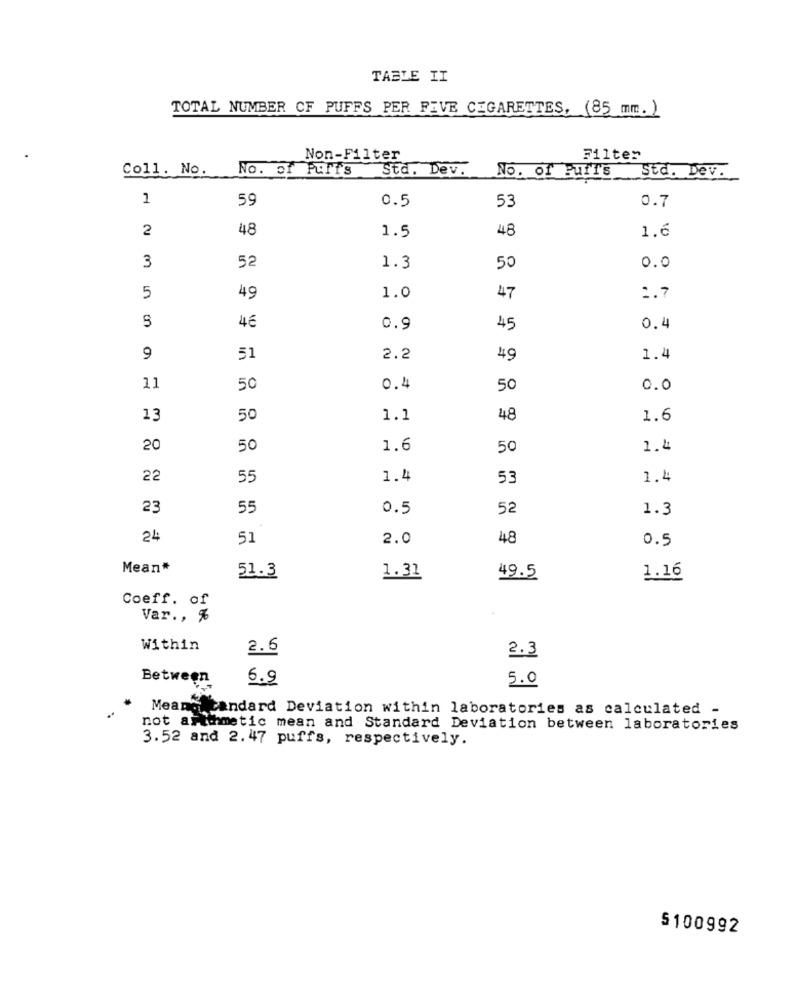
TABLE II
TOTAL NUMBER OF PUFFS PER FIVE CIGARETTES, (85 mm. )
Non-Filter
Filter
Coll. No.
No. of Puffs Std. Dev.
No. of Puff's Std. Dev.
1
59
0.5
53
0.7
2
48
1.5
48
1.6
3
52
1.3
50
0.0
1.0
5
49
47
1.7
46
0.9
45
0.4
9
51
2.2
49
1.4
11
50
0.4
50
0.0
13
50
1.1
48
1.6
20
50
1.6
50
1.4
22
55
1.4
53
1.4
23
55
0.5
52
1.3
24
51
2.0
48
0.5
Mean*
51.3
1.31
49.5
1.16
Coeff. of
Var ., %
Within
2.6
2.3
Between
6.9
5.0
Meand candard Deviation within laboratories as calculated -
arithmetic mean and Standard Deviation between laboratories
3.52 and 2.47 puffs, respectively.
5100992